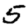
Digit: 5